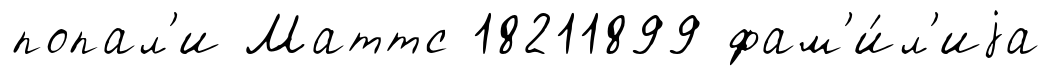
попал'и Маттс 18211899 фам'и́л'иjа